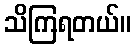
သိကြရတယ်။